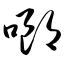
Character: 啷